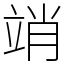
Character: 䇌